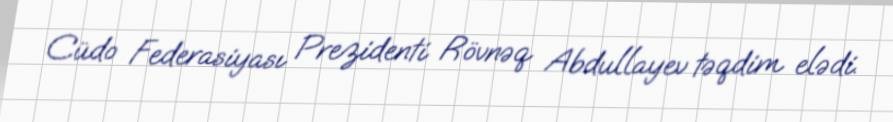
Cüdo Federasiyası Prezidenti Rövnəq Abdullayev təqdim elədi.